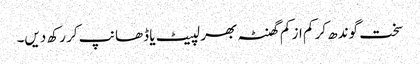
سخت گوندھ کر کم از کم گھنٹہ بھر لپیٹ یا ڈھانپ کر رکھ دیں۔